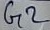
Text: G2